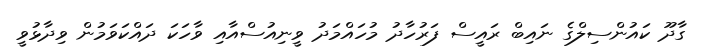
ގާދޫ ކައުންސިލްގެ ނައިބް ރައީސް ފަރުހާދު މުހައްމަދު ވީނިއުސްއާއި ވާހަކަ ދައްކަވަމުން ވިދާޅުވީ